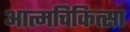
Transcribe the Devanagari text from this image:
आत्मचिकित्सा